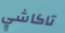
تاكاشي